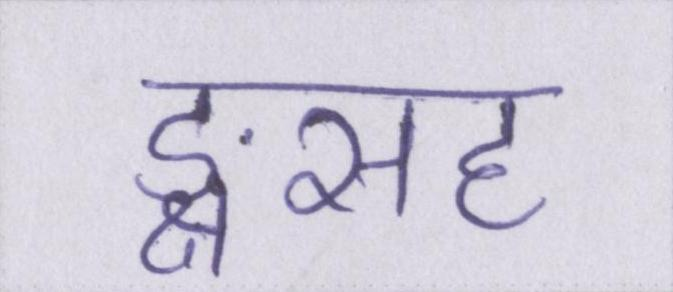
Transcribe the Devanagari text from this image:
ङ्क्षसह